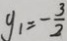
y _ { 1 } = - \frac { 3 } { 2 }